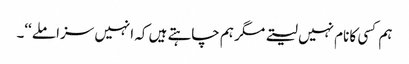
ہم کسی کا نام نہیں لیتے مگر ہم چاہتے ہیں کہ انہیں سزا ملے‘‘۔